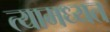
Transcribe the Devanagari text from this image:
त्यामध्यत